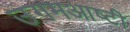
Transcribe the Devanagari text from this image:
उगमआष्टी